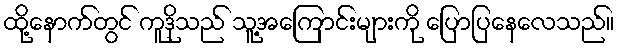
ထို့နောက်တွင် ကူဒိုသည် သူ့အကြောင်းများကို ပြောပြနေလေသည်။